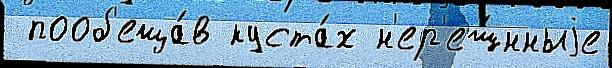
 пооб'еща́в куста́х н'ер'еш́нныjе